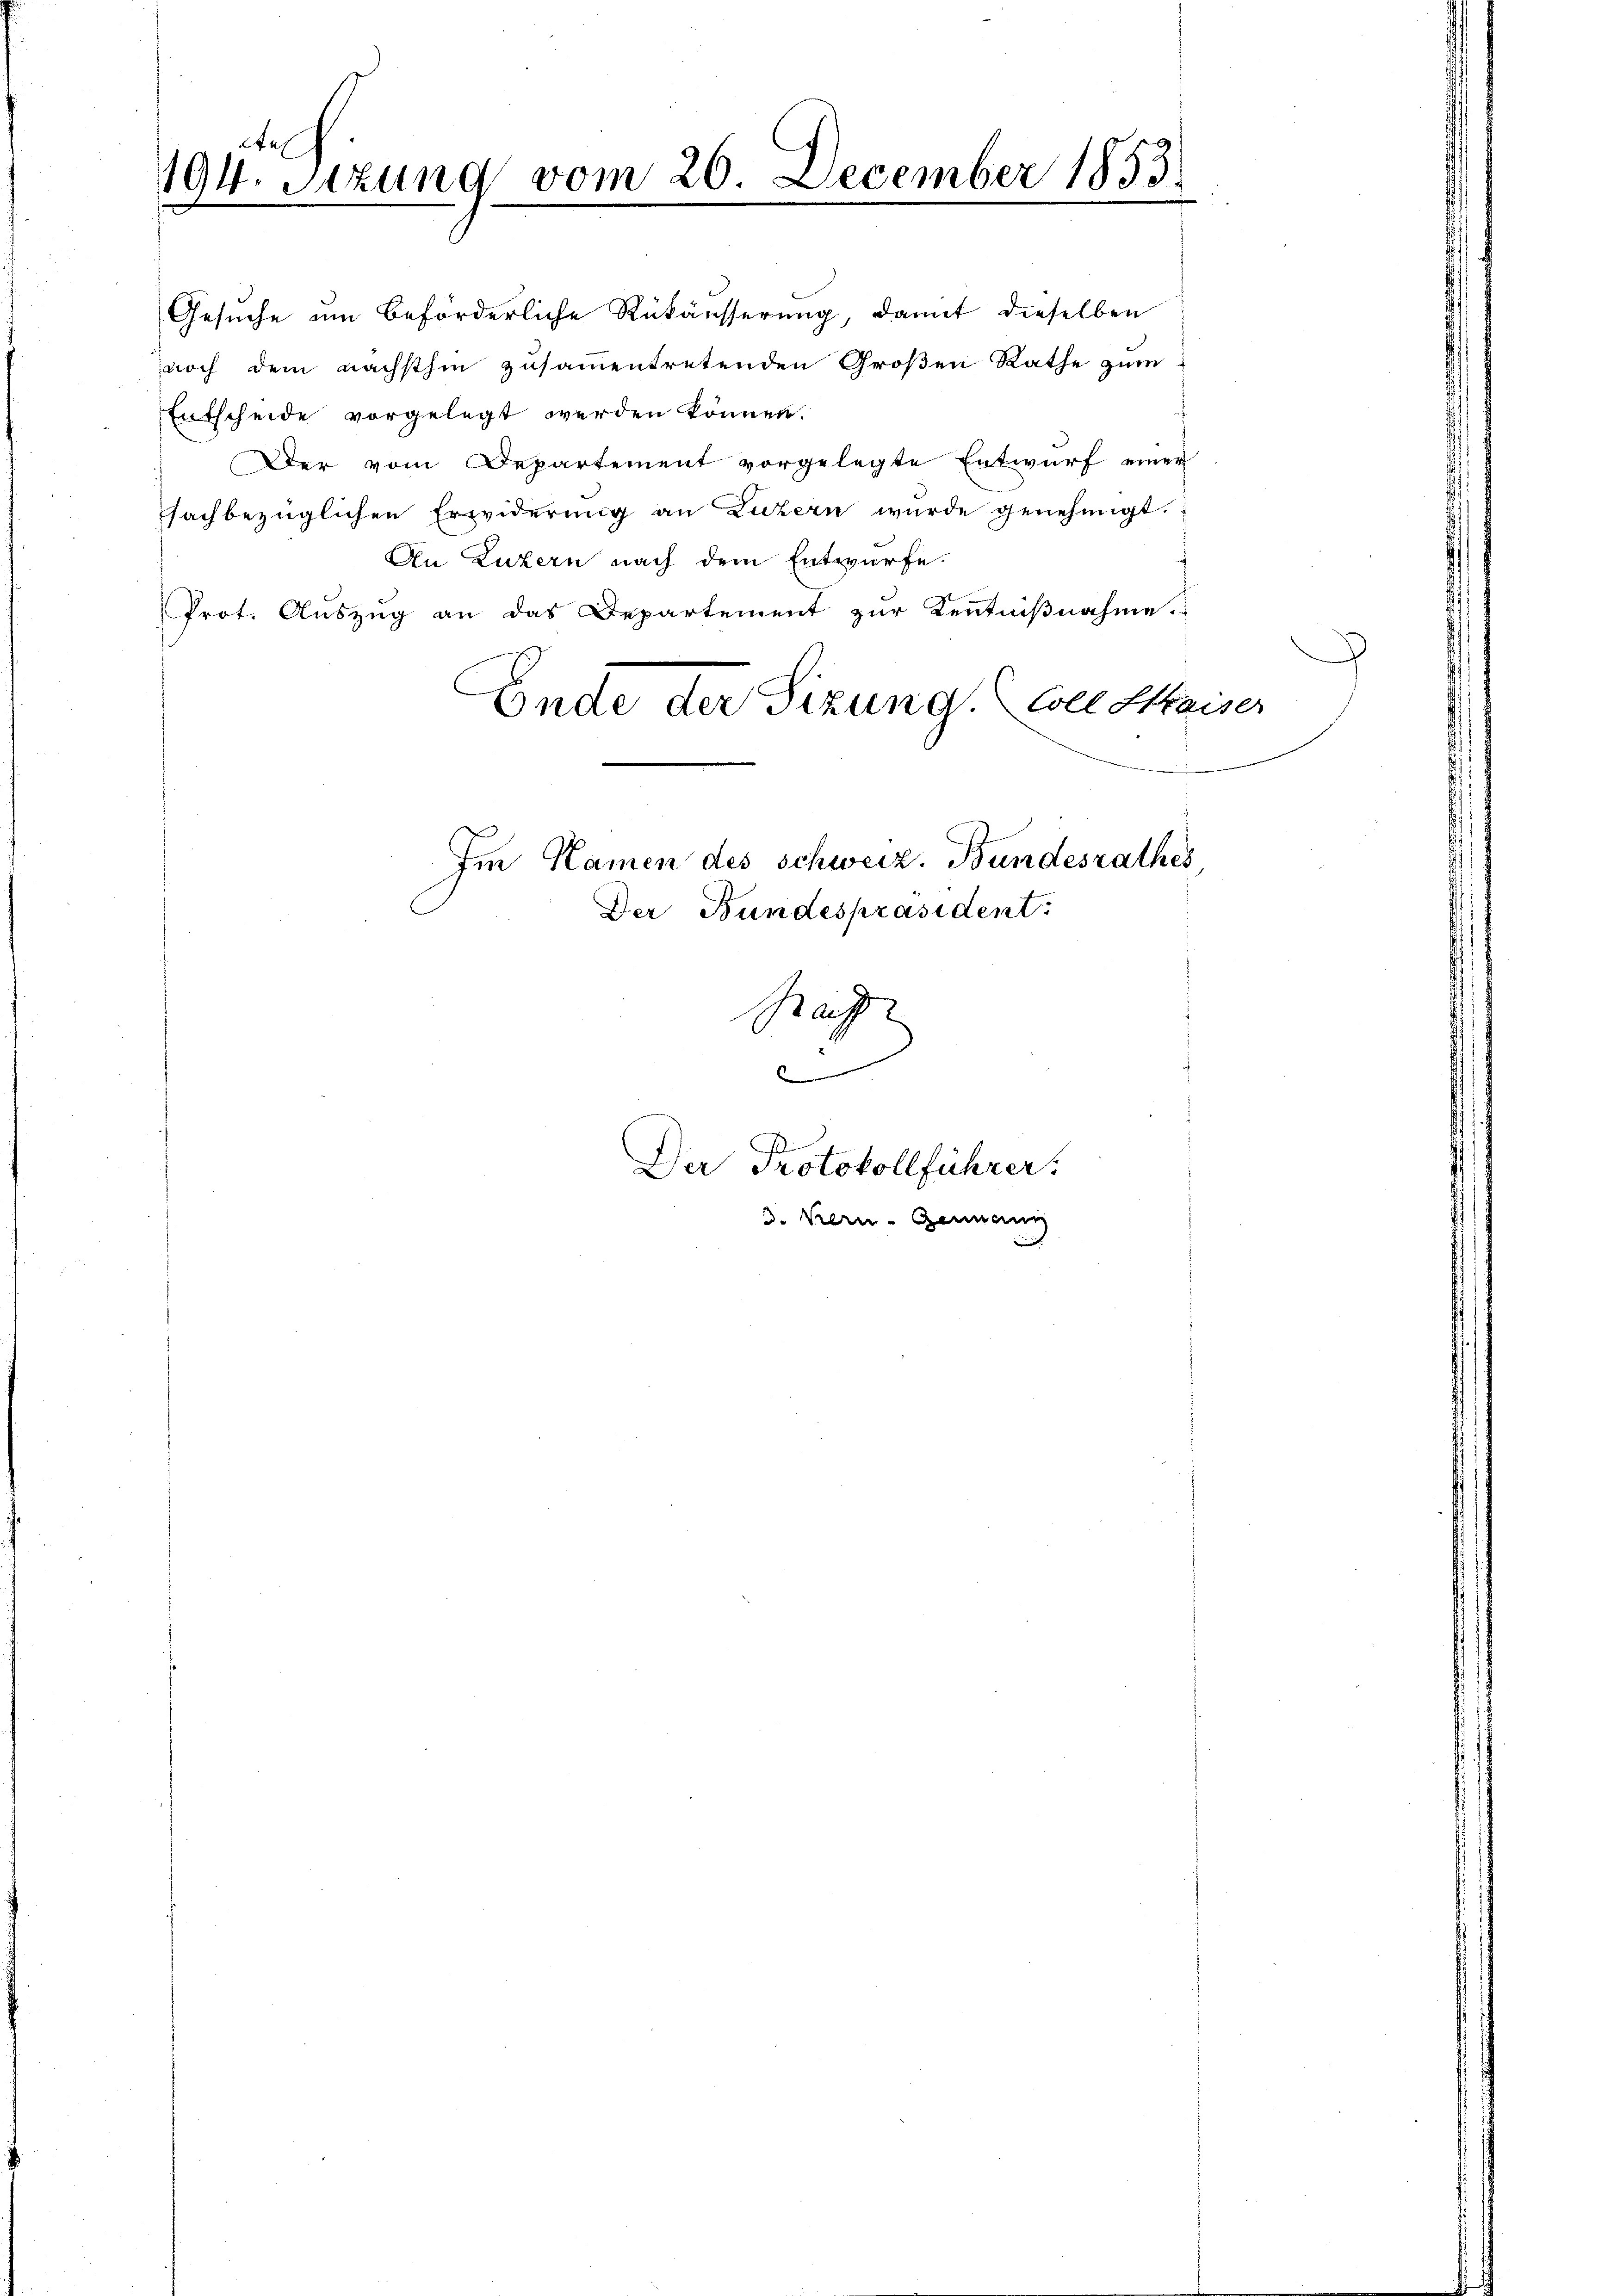
Gesuche am beförderliche Rükäusserung, damit dieselben
noch dem nächsthin zusammentretenden Großen Rathe zum
Entscheide vorgelegt werden können.
Der vom Departement vorgelegte Entwurf einer
fachbezüglichen Erwiderung an Luzern wurde genehmigt.
An Luzern nach dem Entwürfe.
Prot. Aŭszŭg an das Departement zur Kenntniβnahme.
Ende der Sizung. Soll Stan
Im Namen des Schweiz. Bundesrathes

tes
194. Sitzung vom 26. December 1853.

Der Bundespräsident:

Gauff
d

d. Kern- Genaue

Der Protokollführer.

1